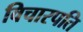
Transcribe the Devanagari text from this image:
विचारपति